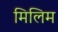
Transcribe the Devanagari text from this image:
मिलिम